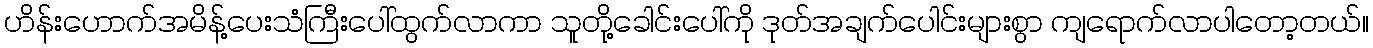
ဟိန်းဟောက်အမိန့်ပေးသံကြီးပေါ်ထွက်လာကာ သူတို့ခေါင်းပေါ်ကို ဒုတ်အချက်ပေါင်းများစွာ ကျရောက်လာပါတော့တယ်။